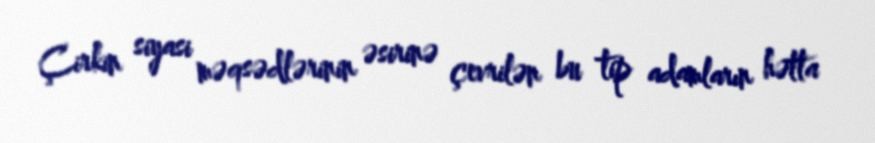
Çirkin siyasi məqsədlərinin əsirinə çevrilən bu tip adamların hətta